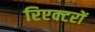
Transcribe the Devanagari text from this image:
रिएक्‍टरों